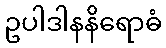
ဥပါဒါနနိရောဓံ